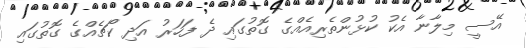
އޭސީ މިލާނާ އެކު ކުޅުންތެރިއެއްގެ ގޮތުގައި ދެ ފަހަރު އަދި ކޯޗެއްގެ ގޮތުގައި